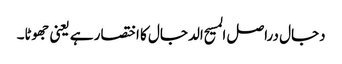
دجال دراصل المسیح الدجال کا اختصار ہے یعنی جھوٹا۔